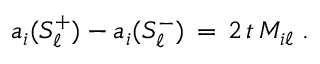
a _ { i } ( S _ { \ell } ^ { + } ) - a _ { i } ( S _ { \ell } ^ { - } ) \, = \, 2 \, t \, M _ { i \ell } \; .